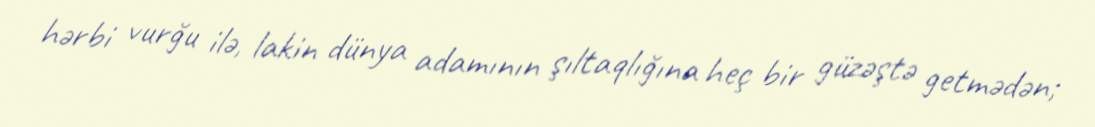
hərbi vurğu ilə, lakin dünya adamının şıltaqlığına heç bir güzəştə getmədən;